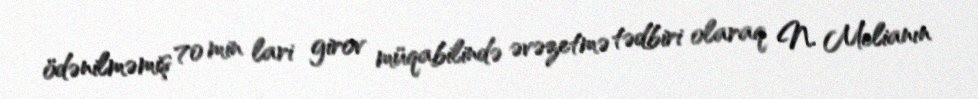
ödənilməmiş 70 min lari girov müqabilində əvəzetmə tədbiri olaraq N. Melianın